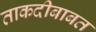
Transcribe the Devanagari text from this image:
ताकदीबाबत